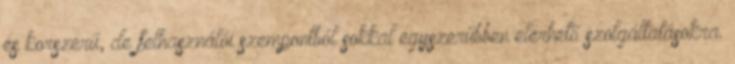
és korszerű, de felhasználói szempontból sokkal egyszerűbben elérhető szolgáltatásokra.